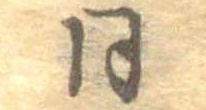
同